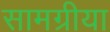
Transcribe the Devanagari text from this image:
सामग्रीया